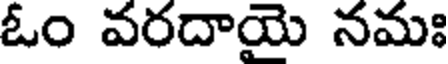
ఓం వరదాయై నమః